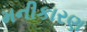
મનીકારણ